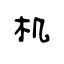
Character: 机